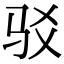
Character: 驳